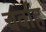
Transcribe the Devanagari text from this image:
चर्वाह